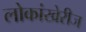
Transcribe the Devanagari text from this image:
लोकांखेरीज